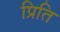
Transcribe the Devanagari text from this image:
प्रिति